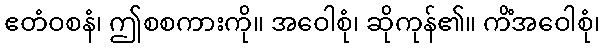
ဧတံဝစနံ၊ ဤစစကားကို။ အဝေါစုံ၊ ဆိုကုန်၏။ ကိံအဝေါစုံ၊